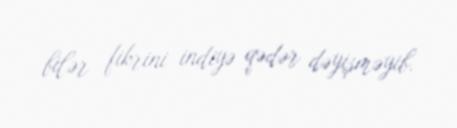
bilər fikrini indiyə qədər dəyişməyib.